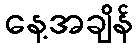
နေ့အချိန်